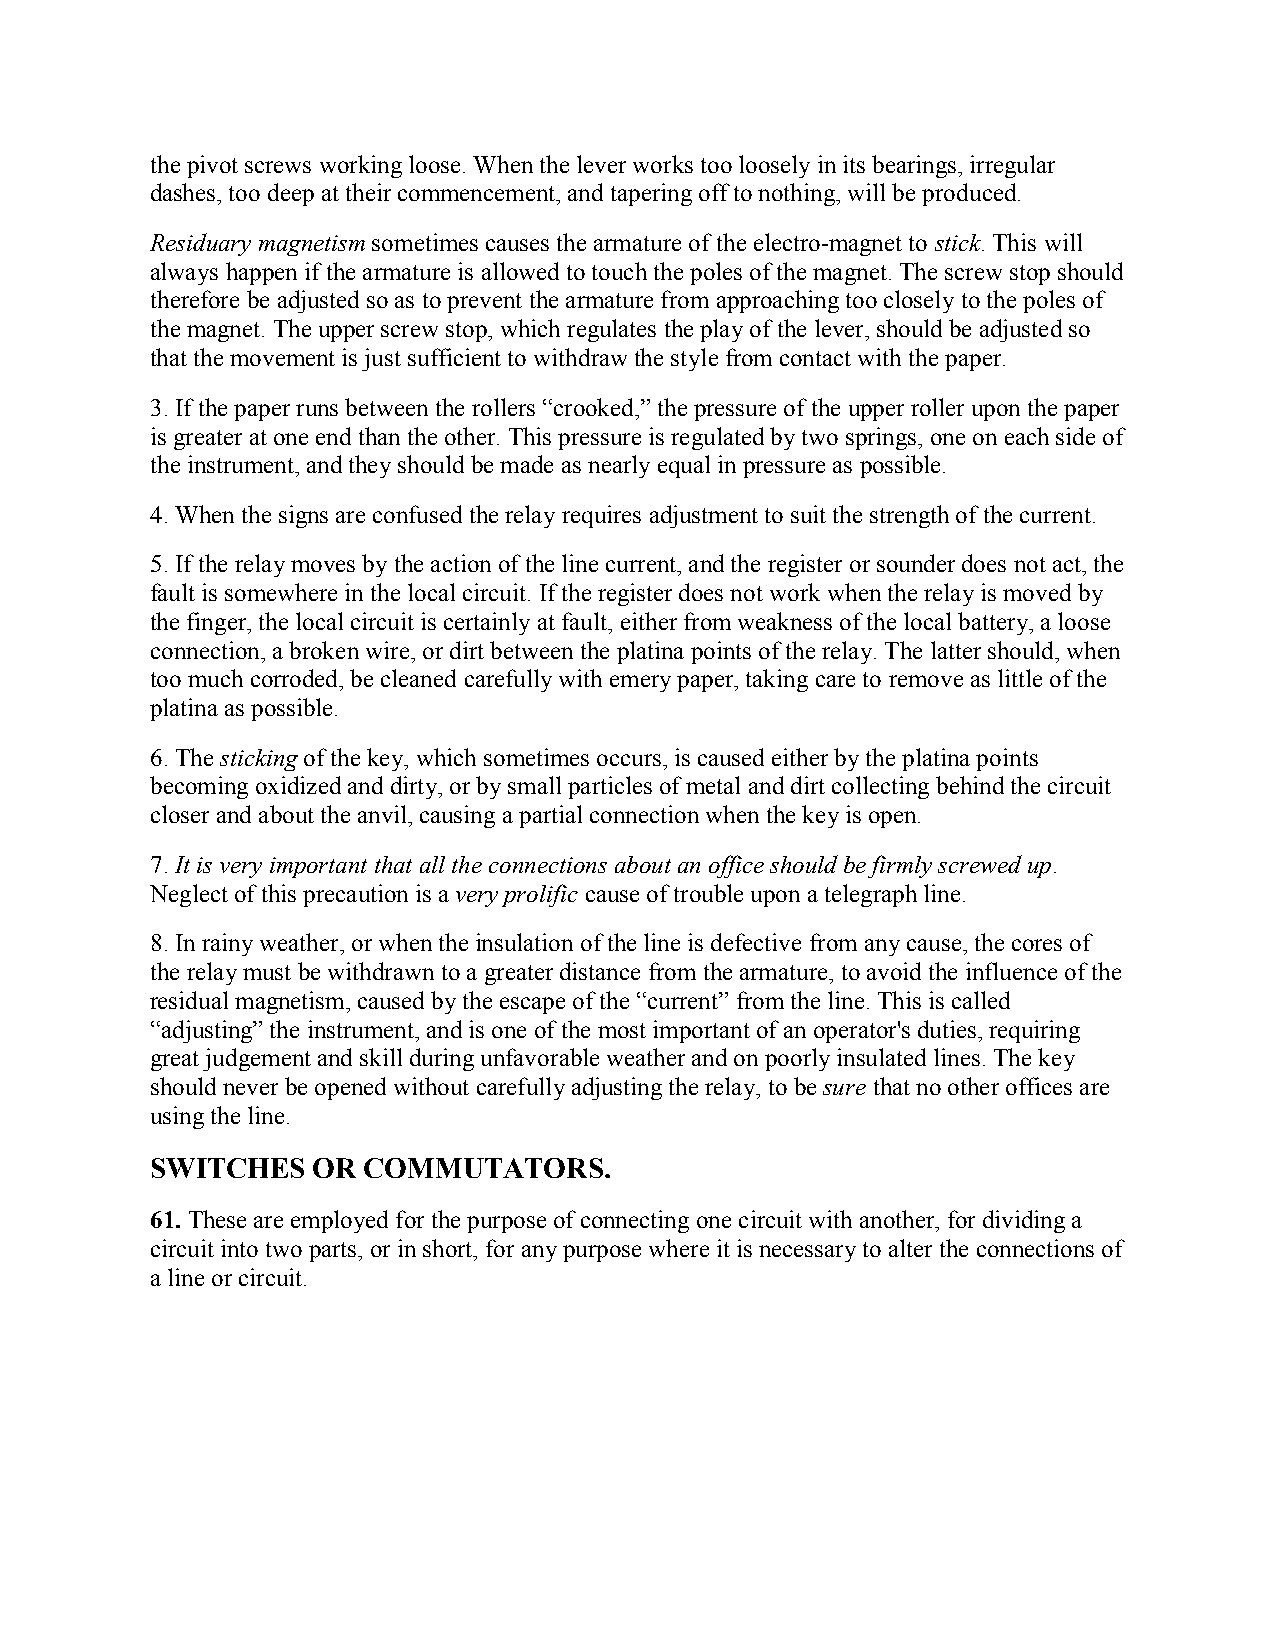
the pivot screws working loose. When the lever works too loosely in its bearings, irregular
 dashes, too deep at their commencement, and tapering off to nothing, will be produced.
 Residuary magnetism sometimes causes the armature of the electro-magnet to stick. This will
 always happen if the armature is allowed to touch the poles of the magnet. The screw stop should
 therefore be adjusted so as to prevent the armature from approaching too closely to the poles of
 the magnet. The upper screw stop, which regulates the play of the lever, should be adjusted so
 that the movement is just sufficient to withdraw the style from contact with the paper.
 3. If the paper runs between the rollers “crooked,” the pressure of the upper roller upon the paper
 is greater at one end than the other. This pressure is regulated by two springs, one on each side of
 the instrument, and they should be made as nearly equal in pressure as possible.
 4. When the signs are confused the relay requires adjustment to suit the strength of the current.
 5. If the relay moves by the action of the line current, and the register or sounder does not act, the
 fault is somewhere in the local circuit. If the register does not work when the relay is moved by
 the finger, the local circuit is certainly at fault, either from weakness of the local battery, a loose
 connection, a broken wire, or dirt between the platina points of the relay. The latter should, when
 too much corroded, be cleaned carefully with emery paper, taking care to remove as little of the
 platina as possible.
 6. The sticking of the key, which sometimes occurs, is caused either by the platina points
 becoming oxidized and dirty, or by small particles of metal and dirt collecting behind the circuit
 closer and about the anvil, causing a partial connection when the key is open.
 7. It is very important that all the connections about an office should be firmly screwed up.
 Neglect of this precaution is a very prolific cause of trouble upon a telegraph line.
 8. In rainy weather, or when the insulation of the line is defective from any cause, the cores of
 the relay must be withdrawn to a greater distance from the armature, to avoid the influence of the
 residual magnetism, caused by the escape of the “current” from the line. This is called
 “adjusting” the instrument, and is one of the most important of an operator's duties, requiring
 great judgement and skill during unfavorable weather and on poorly insulated lines. The key
 should never be opened without carefully adjusting the relay, to be sure that no other offices are
 using the line.
 SWITCHES   OR COMMUTATORS.
 61. These are employed for the purpose of connecting one circuit with another, for dividing a
 circuit into two parts, or in short, for any purpose where it is necessary to alter the connections of
 a line or circuit.